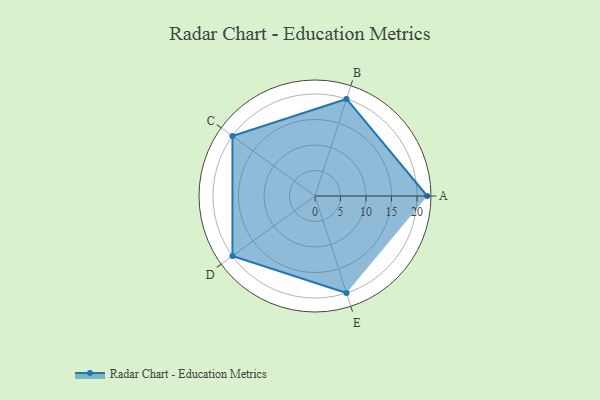
{"axis": {"x": "Skill", "y": "Score"}, "legend": ["Profile"], "data": [{"x": "A", "y": 22.0, "type": "Profile"}, {"x": "B", "y": 20.0, "type": "Profile"}, {"x": "C", "y": 20, "type": "Profile"}, {"x": "D", "y": 20, "type": "Profile"}, {"x": "E", "y": 20, "type": "Profile"}]}